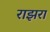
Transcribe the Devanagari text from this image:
राझरा